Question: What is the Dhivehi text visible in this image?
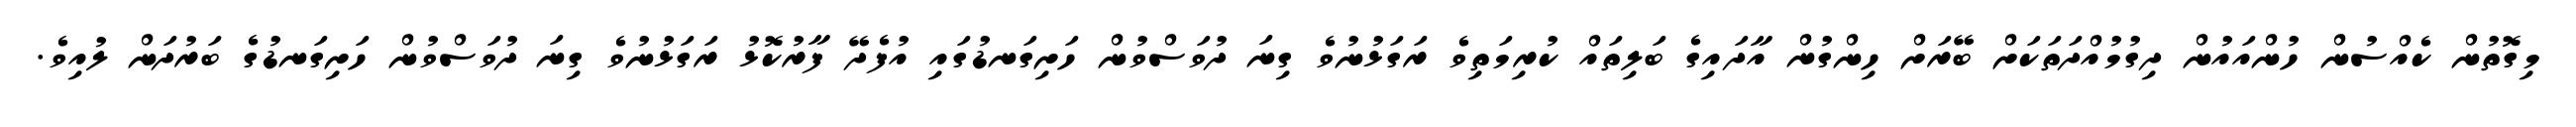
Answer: މިގޮތުން ކެއްސުން ހުންއައުން ދިގުމުއްދަތަކަށް ބޭރަށް ހިންގުން އާދައިގެ ބަލިތައް ކުރިމަތިވެ ރަގަޅުނުވެ ގިނަ ދުވަސްވުން ހަށިގަނޑުގައި އުފެދޭ ފާރުކޮޅު ރަގަޅުނުވެ ގިނަ ދުވަސްވުން ހަށިގަނޑުގެ ބަރުދަން ލުއިވެ.